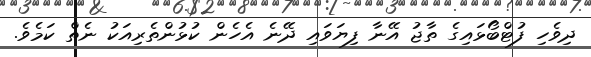
ދިވެހި ފުޓްބޯޅައިގެ ތާޖު އޭނާ ފިޔަވައި ދޭނެ އެހެން ކުޅުންތެރިއަކު ނެތް ކަމެވެ.